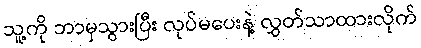
သူ့ကို ဘာမှသွားပြီး လုပ်မပေးနဲ့ လွှတ်သာထားလိုက်